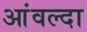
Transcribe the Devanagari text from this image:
आंवल्दा